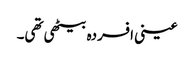
عینی افسردہ بیٹھی تھی۔